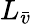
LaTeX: L_{\bar{v}}